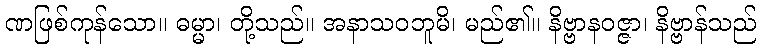
ဏဖြစ်ကုန်သော။ ဓမ္မာ၊ တို့သည်။ အနာသဝဘူမိ၊ မည်၏။ နိဗ္ဗာနဝဇ္ဇာ၊ နိဗ္ဗာန်သည်